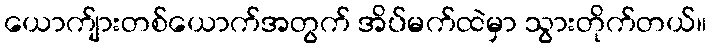
ယောက်ျားတစ်ယောက်အတွက် အိပ်မက်ထဲမှာ သွားတိုက်တယ်။